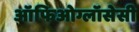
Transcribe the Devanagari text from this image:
ऑफिओग्लॉसेसी